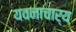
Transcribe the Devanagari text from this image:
यवनाचार्य